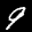
Label: 9